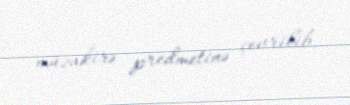
müzakirə predmetinə çevrilib.